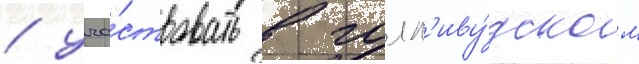
/ уча́ствовать в голл'иву́дском